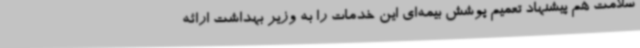
سلامت هم پیشنهاد تعمیم پوشش بیمه‌ای این خدمات را به وزیر بهداشت ارائه